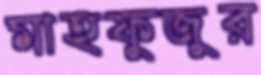
মাহফুজুর